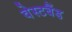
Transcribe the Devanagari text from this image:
वेस्टबैंड